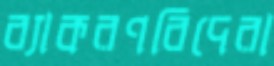
ব্যাকরণবিদেরা